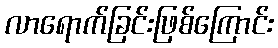
လာရောက်ခြင်းဖြစ်ကြောင်း